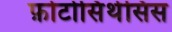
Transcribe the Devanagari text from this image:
फ़ोटोसिंथेसिस